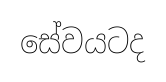
සේවයටද